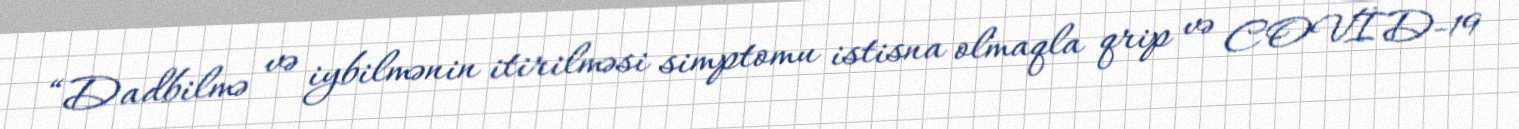
“Dadbilmə və iybilmənin itirilməsi simptomu istisna olmaqla qrip və COVİD-19